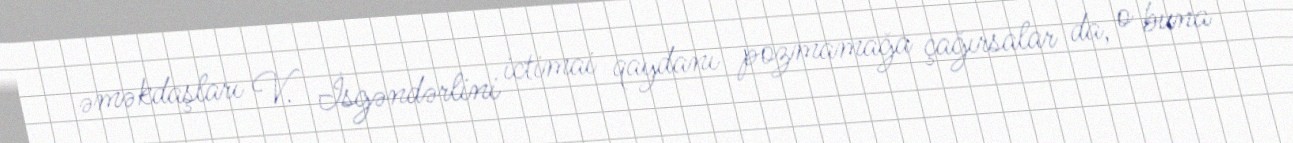
əməkdaşları V. İsgəndərlini ictimai qaydanı pozmamağa çağırsalar da, o buna